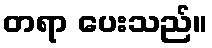
တရာ ပေးသည်။